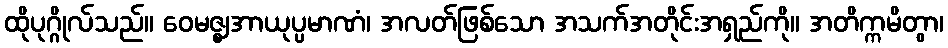
ထိုပုဂ္ဂိုလ်သည်။ ဝေမဇ္ဈအာယုပ္ပမာဏံ၊ အလတ်ဖြစ်သော အသက်အတိုင်းအရှည်ကို။ အတိက္ကမိတွာ၊